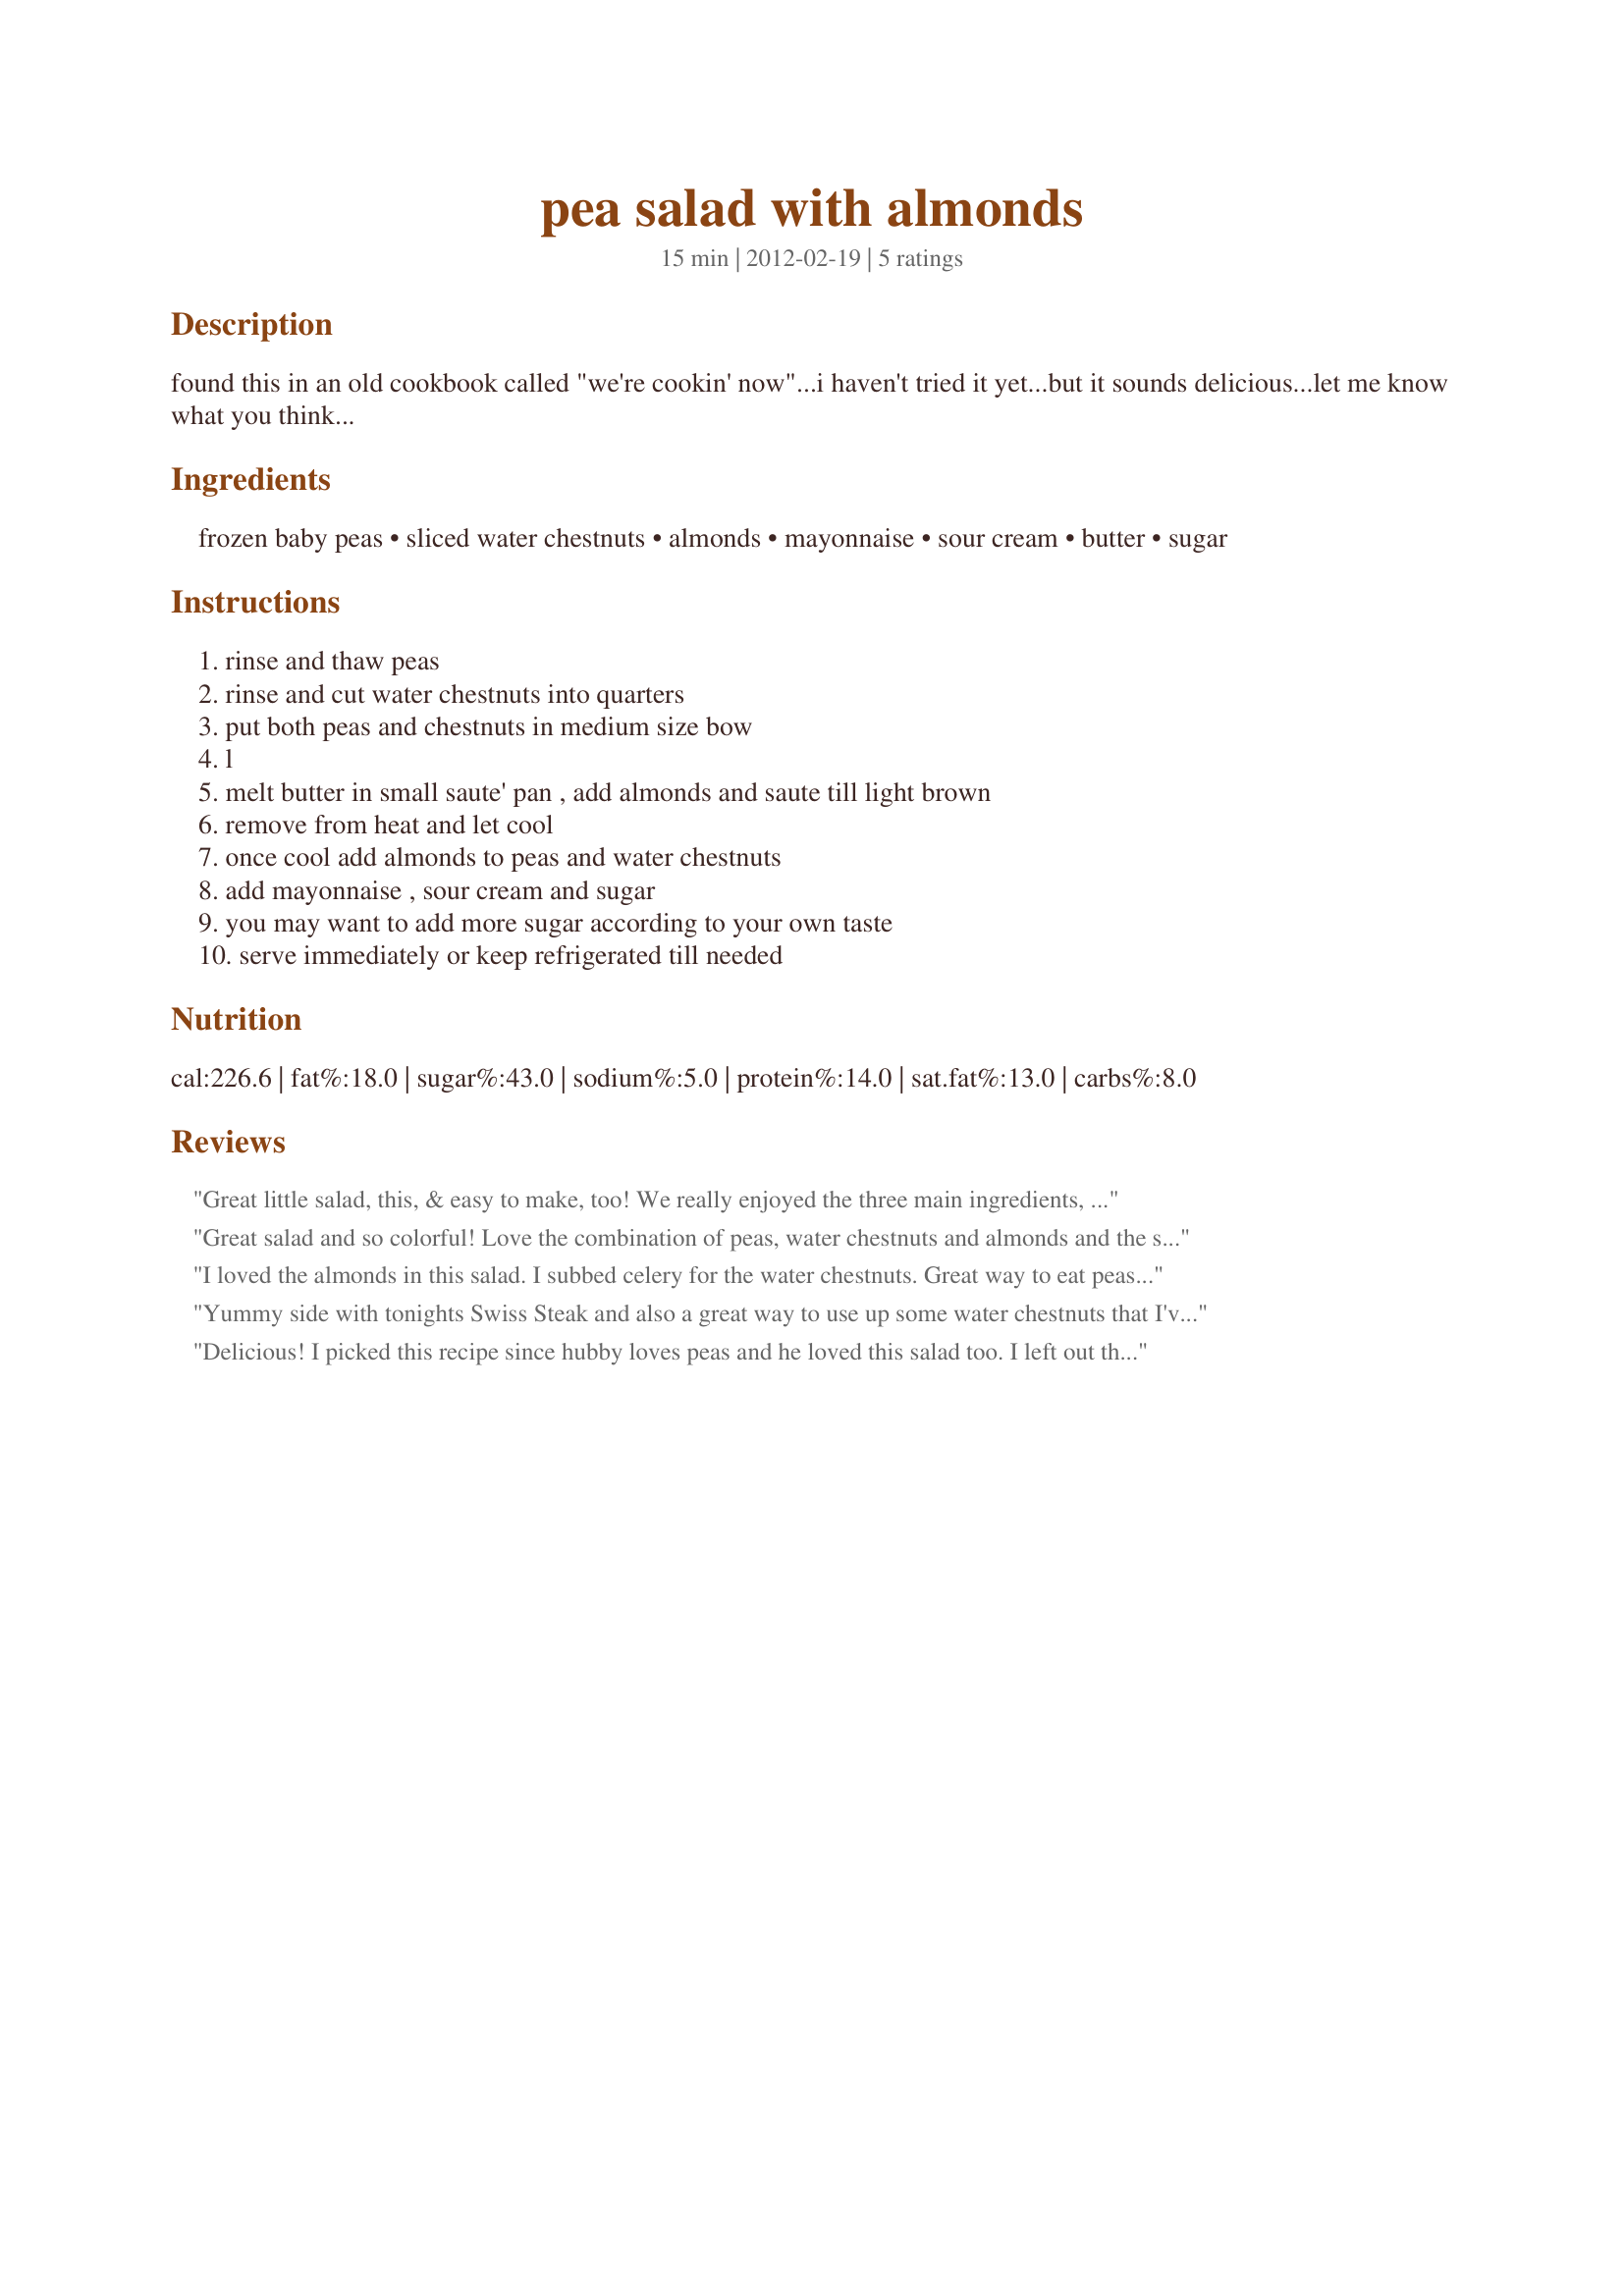
pea salad with almonds
Preparation time: 15 minutes

found this in an old cookbook called "we're cookin' now"...i haven't tried it yet...but it sounds delicious...let me know what you think...

Ingredients:
frozen baby peas, sliced water chestnuts, almonds, mayonnaise, sour cream, butter, sugar

Steps:
rinse and thaw peas, rinse and cut water chestnuts into quarters, put both peas and chestnuts in medium size bow, l, melt butter in small saute' pan , add almonds and saute till light brown, remove from heat and let cool, once cool add almonds to peas and water chestnuts, add mayonnaise , sour cream and sugar, you may want to add more sugar according to your own taste, serve immediately or keep refrigerated till needed

Reviews:
Great little salad, this, & easy to make, too! We really enjoyed the three main ingredients, all of which make for a nicely different salad. Your recipe's a keeper, for sure! Many thanks for posting it! [Tagged & made in Please Review My Recipe]
Great salad and so colorful! Love the combination of peas, water chestnuts and almonds and the sauce is so delicious. This recipe will definitely make it into my Best of 2012 recipes -- it is so tasty, so easy to make and it makes such a nice presentation. Made for the 1-2-3 Tag, June, 2012.
I loved the almonds in this salad. I subbed celery for the water chestnuts. Great way to eat peas. Thanks!
Yummy side with tonights Swiss Steak and also a great way to use up some water chestnuts that I've had for awhile. It has lot's of great flavor and looks quite pretty on the plate, doesn't take a whole lot of time to make either. :D
Delicious! I picked this recipe since hubby loves peas and he loved this salad too. I left out the sour cream since we don't eat it. Will make this one again. Made for 1-2-3 Hits Tag Game 2012.
